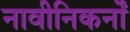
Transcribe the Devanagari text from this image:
नावीनिकर्नों